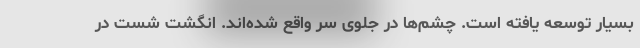
بسیار توسعه یافته است. چشم‌ها در جلوی سر واقع شده‌اند. انگشت شست در